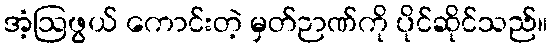
အံ့ဩဖွယ် ကောင်းတဲ့ မှတ်ဉာဏ်ကို ပိုင်ဆိုင်သည်။